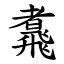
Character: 䬡